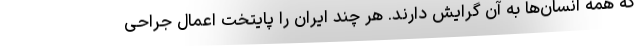
که همه انسان‌ها به آن گرایش دارند. هر چند ایران را پایتخت اعمال جراحی